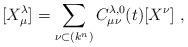
LaTeX: \begin{align*}\lbrack X_{\mu }^{\lambda }]=\sum_{\nu\subset (k^n) }C_{\mu \nu }^{\lambda ,0}(t)[X^{\nu}]\;, \end{align*}